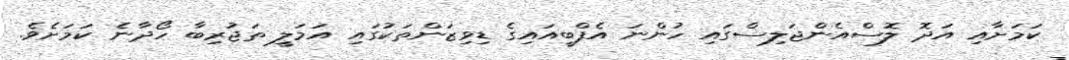
ކަމަށާއި އަދޮ ލޮސްއެންޖަލިސްގައި ހުންނަ އެފްބީއައިގެ ޑިވިޒަންތަކުގައި އަމަލީ ތަޖުރިބާ ހޯދާނެ ކަމަށެވެ.